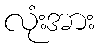
လုံးအား